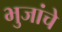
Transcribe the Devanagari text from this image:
भुजांचे